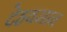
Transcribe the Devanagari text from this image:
देहवसान